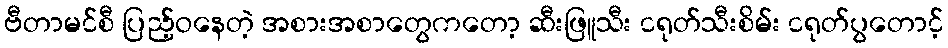
ဗီတာမင်စီ ပြည့်ဝနေတဲ့ အစားအစာတွေကတော့ ဆီးဖြူသီး ငရုတ်သီးစိမ်း ငရုတ်ပွတောင့်